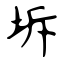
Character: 坼